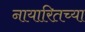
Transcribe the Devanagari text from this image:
नायारितच्या